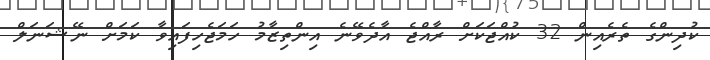
ކުދިންގެ ތެރެއިން 32 ކުއްޖަކަށް ރާއްޖެ އާދެވޭނެ އިންތިޒާމު ހަމަޖެހިފައިވާ ކަމަށް ނޭޝަނަލް